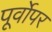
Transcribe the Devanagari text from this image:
पूर्वोपर